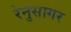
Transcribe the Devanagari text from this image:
रेनुसागर